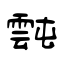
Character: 霕